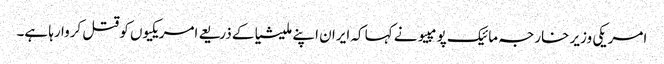
امریکی وزیر خارجہ مائیک پومپیو نے کہا کہ ایران اپنے ملیشیا کے ذریعے امریکیوں کو قتل کروا رہا ہے۔